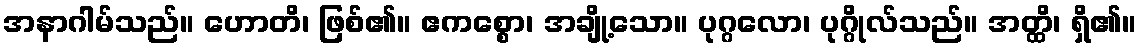
အနာဂါမ်သည်။ ဟောတိ၊ ဖြစ်၏။ ဧကစ္စော၊ အချို့သော။ ပုဂ္ဂလော၊ ပုဂ္ဂိုလ်သည်။ အတ္ထိ၊ ရှိ၏။